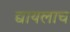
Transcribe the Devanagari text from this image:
द्यायलाच